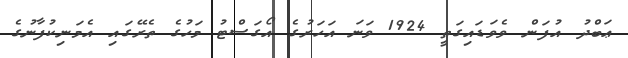
ޢަބްދު އުފަން ވެވަޑައިގަތީ 1924 ވަނަ އަހަރުގެ އޯގަސްޓު މަހުގެ ތެރޭގައި އެމަނިކުފާނުގެ